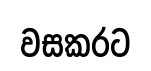
වසකරට